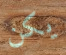
يكن